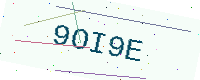
Text: 9OI9E